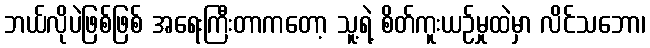
ဘယ်လိုပဲဖြစ်ဖြစ် အရေးကြီးတာကတော့ သူ့ရဲ့ စိတ်ကူးယဉ်မှုထဲမှာ လိင်သဘော၊